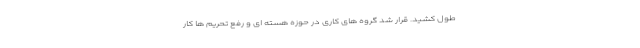
طول کشید. قرار شد گروه های کاری در حوزه هسته ای و رفع تحریم ها کار